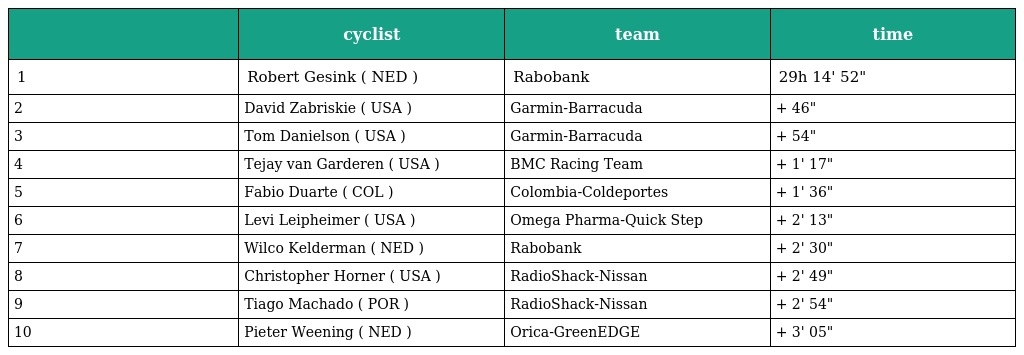
|  | cyclist | team | time |
 | --- | --- | --- | --- |
 | 1 | Robert Gesink ( NED ) | Rabobank | 29h 14' 52" |
 | 2 | David Zabriskie ( USA ) | Garmin-Barracuda | + 46" |
 | 3 | Tom Danielson ( USA ) | Garmin-Barracuda | + 54" |
 | 4 | Tejay van Garderen ( USA ) | BMC Racing Team | + 1' 17" |
 | 5 | Fabio Duarte ( COL ) | Colombia-Coldeportes | + 1' 36" |
 | 6 | Levi Leipheimer ( USA ) | Omega Pharma-Quick Step | + 2' 13" |
 | 7 | Wilco Kelderman ( NED ) | Rabobank | + 2' 30" |
 | 8 | Christopher Horner ( USA ) | RadioShack-Nissan | + 2' 49" |
 | 9 | Tiago Machado ( POR ) | RadioShack-Nissan | + 2' 54" |
 | 10 | Pieter Weening ( NED ) | Orica-GreenEDGE | + 3' 05" |